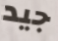
جيد